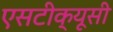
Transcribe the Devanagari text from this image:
एसटीक्यूसी